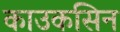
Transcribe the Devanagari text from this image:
काउकसिन